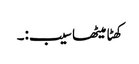
کھٹا میٹھا سیب:۔